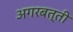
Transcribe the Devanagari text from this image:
अगरबत्‍ती